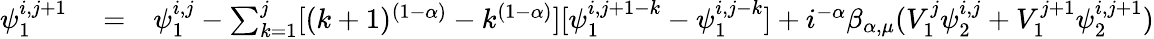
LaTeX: \begin{array}{rlr}{\psi_{1}^{i,j+1}}&{{}=}&{\psi_{1}^{i,j}-\sum_{k=1}^{j}[(k+1)^{(1-\alpha)}-k^{(1-\alpha)}][\psi_{1}^{i,j+1-k}-\psi_{1}^{i,j-k}]+i^{-\alpha}\beta_{\alpha,\mu}(V_{1}^{j}\psi_{2}^{i,j}+V_{1}^{j+1}\psi_{2}^{i,j+1})}\end{array}